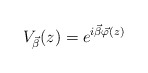
\begin{align*}V_{\vec{\beta}}(z)=e^{i\vec{\beta}\vec{\varphi}(z)}\end{align*}